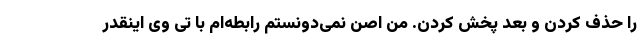
را حذف کردن و بعد پخش کردن. من اصن نمی‌دونستم رابطه‌ام با تی وی اینقدر